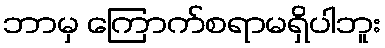
ဘာမှ ကြောက်စရာမရှိပါဘူး